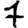
Digit: 7